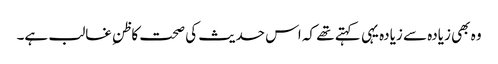
وہ بھی زیادہ سے زیادہ یہی کہتے تھے کہ اس حدیث کی صحت کاظنِ غالب ہے۔